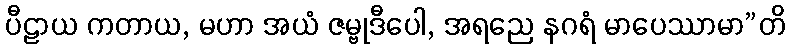
ပီဠာယ ကတာယ, မဟာ အယံ ဇမ္ဗုဒီပေါ, အရညေ နဂရံ မာပေဿာမာ”တိ